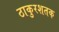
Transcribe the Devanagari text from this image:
ठाकुरशतक